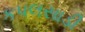
કપલસાડી